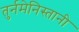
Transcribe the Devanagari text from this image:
तुर्नमेनिस्तानी